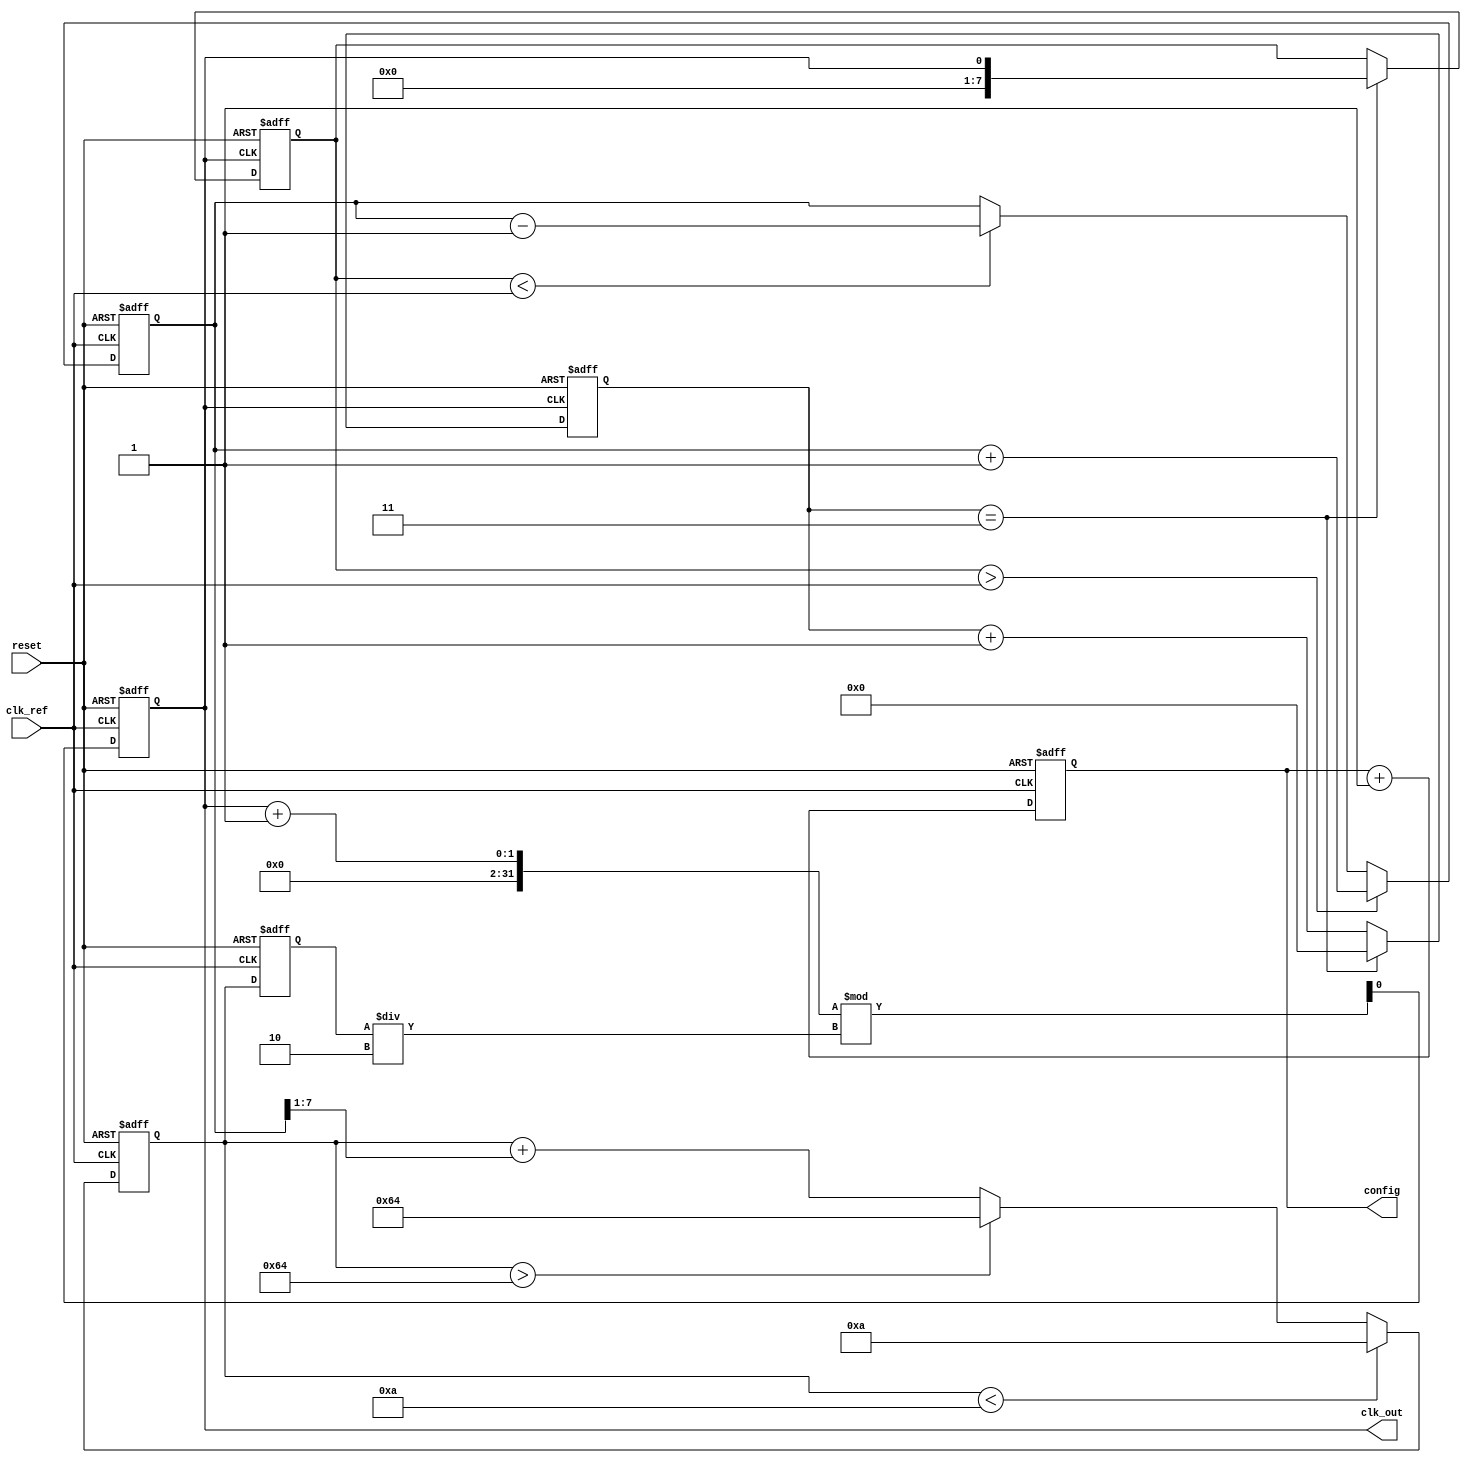
module pll (
    input wire clk_ref,          // Reference clock input
    input wire reset,            // Reset signal
    output reg clk_out,          // Output clock
    output reg [7:0] config      // Configuration parameters for memory blocks
);

// Parameters
parameter DIV_RATIO = 4;        // Division ratio for feedback
parameter VCO_MAX_FREQ = 100;   // Max frequency for VCO
parameter VCO_MIN_FREQ = 10;    // Min frequency for VCO

// Internal signals
reg [7:0] phase_error;           // Phase error signal
reg [7:0] control_voltage;        // Control voltage for VCO
reg [7:0] vco_freq;              // Current frequency of VCO
reg [7:0] feedback_clk;          // Feedback clock signal
reg [3:0] divider_count;         // Divider count for feedback

// Phase Detector (PD)
always @(posedge clk_ref or posedge reset) begin
    if (reset) begin
        phase_error <= 0;
    end else begin
        // Simple phase error detection (for illustration)
        if (feedback_clk > clk_ref) begin
            phase_error <= phase_error + 1; // VCO is leading
        end else if (feedback_clk < clk_ref) begin
            phase_error <= phase_error - 1; // VCO is lagging
        end
    end
end

// Loop Filter (LF)
always @(posedge clk_ref or posedge reset) begin
    if (reset) begin
        control_voltage <= 0;
    end else begin
        // Simple first-order loop filter
        control_voltage <= control_voltage + (phase_error >> 1); // Adjust control voltage
        // Clamp control voltage to VCO range
        if (control_voltage > VCO_MAX_FREQ) control_voltage <= VCO_MAX_FREQ;
        if (control_voltage < VCO_MIN_FREQ) control_voltage <= VCO_MIN_FREQ;
    end
end

// Voltage-Controlled Oscillator (VCO)
always @(posedge clk_ref or posedge reset) begin
    if (reset) begin
        vco_freq <= VCO_MIN_FREQ;
        clk_out <= 0;
    end else begin
        // Adjust VCO frequency based on control voltage
        vco_freq <= control_voltage;
        // Generate output clock based on VCO frequency
        clk_out <= (clk_out + 1) % (vco_freq / 2); // Simple clock generation
    end
end

// Frequency Divider
always @(posedge clk_out or posedge reset) begin
    if (reset) begin
        feedback_clk <= 0;
        divider_count <= 0;
    end else begin
        // Divide the VCO output frequency
        if (divider_count == DIV_RATIO - 1) begin
            feedback_clk <= clk_out; // Feedback clock
            divider_count <= 0;
        end else begin
            divider_count <= divider_count + 1;
        end
    end
end

// Memory Blocks (Configuration)
always @(posedge clk_ref or posedge reset) begin
    if (reset) begin
        config <= 8'h00; // Default configuration
    end else begin
        // Update configuration parameters as needed
        // This is a placeholder for actual memory block logic
        config <= config + 1; // Example increment
    end
end

endmodule